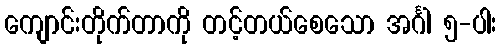
ကျောင်းတိုက်တာကို တင့်တယ်စေသော အင်္ဂါ ၅-ပါး